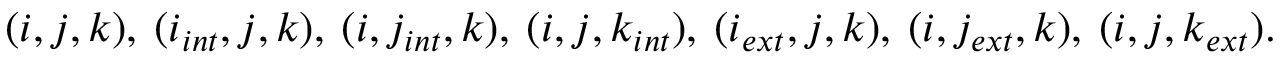
( i , j , k ) , \: ( i _ { i n t } , j , k ) , \: ( i , j _ { i n t } , k ) , \: ( i , j , k _ { i n t } ) , \: ( i _ { e x t } , j , k ) , \: ( i , j _ { e x t } , k ) , \: ( i , j , k _ { e x t } ) .